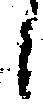
候